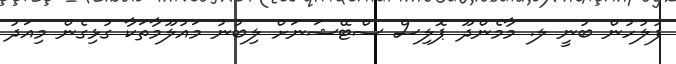
ފުލުހުން ބުނީ ލ. މާމެންދޫ ޕޮލިސް ސްޓޭޝަނަށް ލިބުނު މައުލޫމާތަކާ ގުޅިގެން މިއަދު